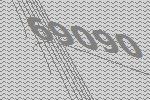
69090